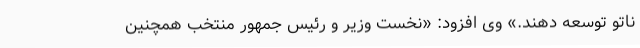
ناتو توسعه دهند.» وی افزود: «نخست وزیر و رئیس جمهور منتخب همچنین